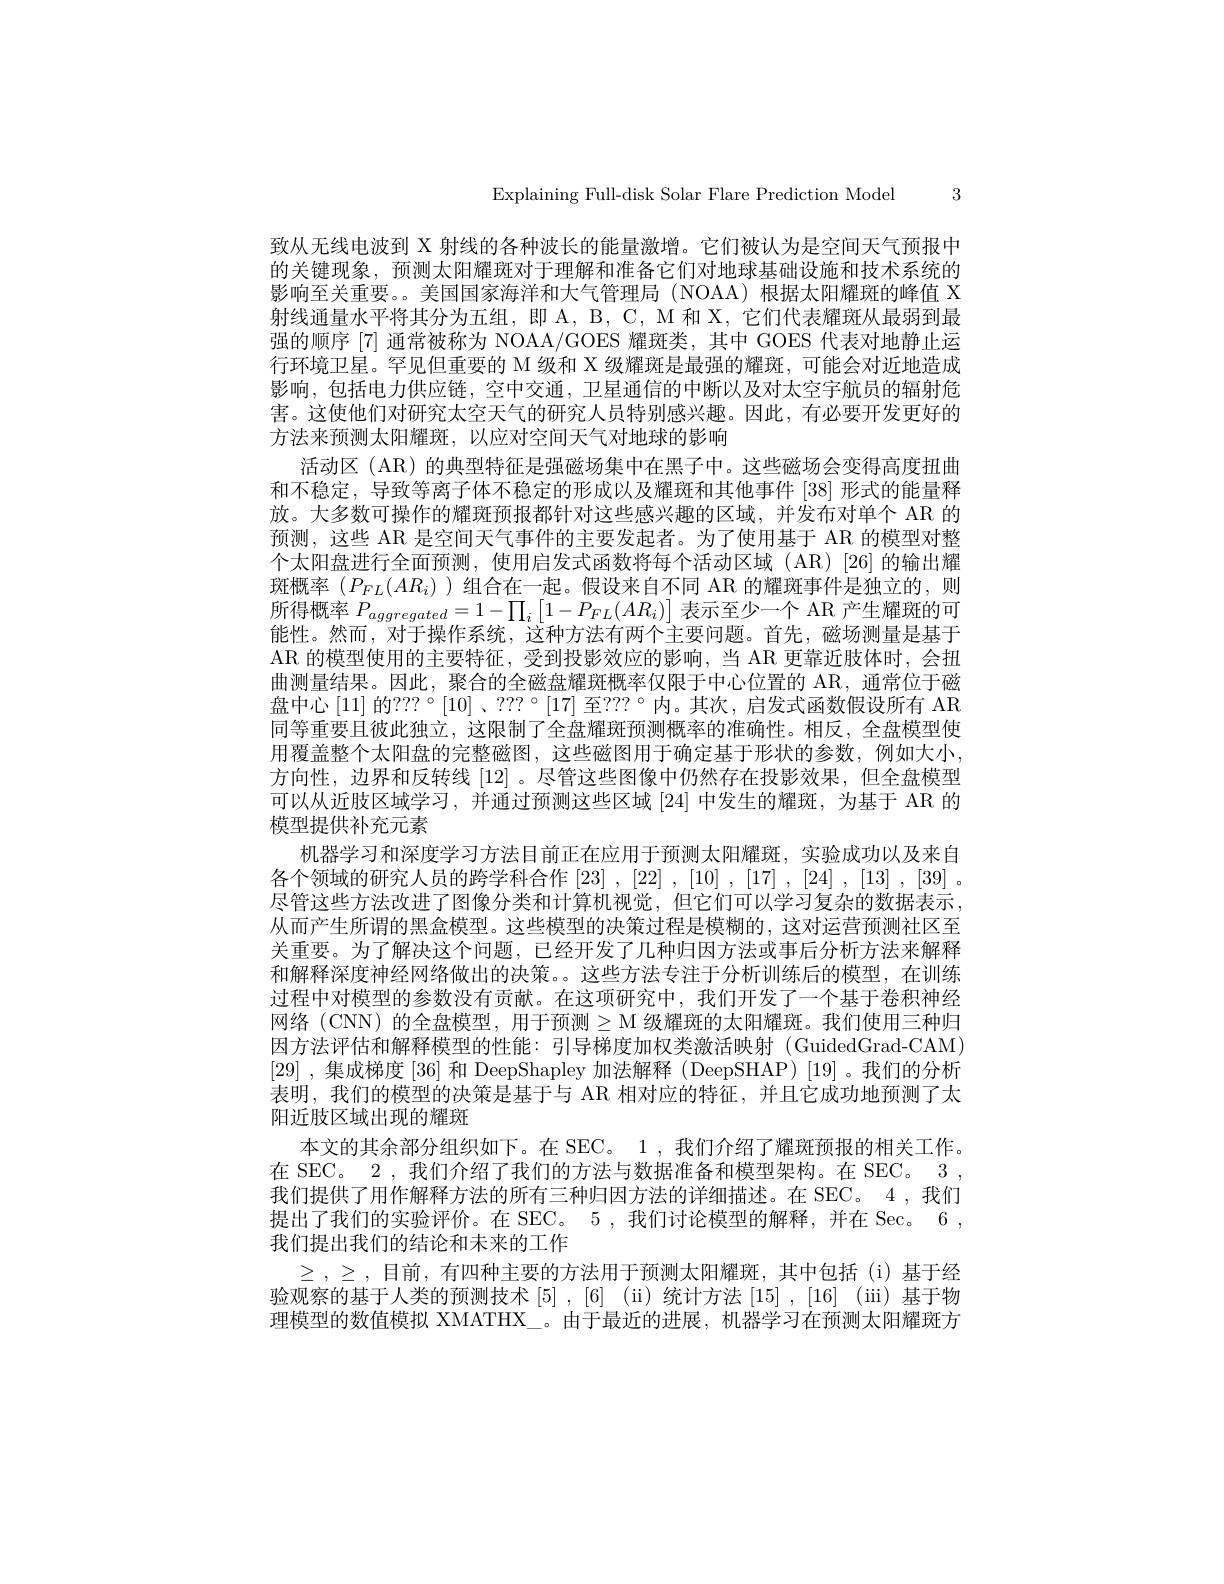
Explaining Full-disk Solar Flare Prediction Model 3

致从无线电波到 X 射线的各种波长的能量激增。它们被认为是空间天气预报中的关键现象，预测太阳耀斑对于理解和准备它们对地球基础设施和技术系统的影响至关重要。美国国家海洋和大气管理局 (NOAA)根据太阳耀斑的峰值 X 射线通量水平将其分为五组，即 A, B, C, M 和 X, 它们代表耀斑从最弱到最强的顺序[7] 通常被称为 NOAA/GOES 耀斑类，其中 GOES 代表对地静止运行环境卫星。罕见但重要的 M 级和 X 级耀斑是最强的耀斑，可能会对近地造成影响，包括电力供应链，空中交通，卫星通信的中断以及对太空宇航员的辐射危害。这使他们对研究太空天气的研究人员特别感兴趣。因此，有必要开发更好的方法来预测太阳耀斑，以应对空间天气对地球的影响
活动区 (AR) 的典型特征是强磁场集中在黑子中。这些磁场会变得高度扭曲和不稳定，导致等离子体不稳定的形成以及耀斑和其他事件 [38] 形式的能量释放。大多数可操作的耀斑预报都针对这些感兴趣的区域，并发布对单个 AR 的预测，这些 AR 是空间天气事件的主要发起者。为了使用基于 AR 的模型对整个太阳盘进行全面预测，使用启发式函数将每个活动区域(AR)[26]的输出耀斑概率$(P_{FL}(AR_i)$ )组合在一起。假设来自不同 AR 的耀斑事件是独立的，则所得概率$P_{aggregated}=1-\prod_i\left[1-P_{FL}(AR_i)\right]$表示至少一个 AR 产生耀斑的可能性。然而，对于操作系统，这种方法有两个主要问题。首先，磁场测量是基于AR 的模型使用的主要特征，受到投影效应的影响，当 AR 更靠近肢体时，会扭曲测量结果。因此，聚合的全磁盘耀斑概率仅限于中心位置的 AR, 通常位于磁盘中心[11]的？??°[10]、???°[17]至？??°内。其次，启发式函数假设所有 AR 同等重要且彼此独立，这限制了全盘耀斑预测概率的准确性。相反，全盘模型使用覆盖整个太阳盘的完整磁图，这些磁图用于确定基于形状的参数，例如大小方向性，边界和反转线 [12] 。尽管这些图像中仍然存在投影效果，但全盘模型可以从近肢区域学习，并通过预测这些区域[24]中发生的耀斑，为基于 AR 的模型提供补充元素
机器学习和深度学习方法目前正在应用于预测太阳耀斑，实验成功以及来自各个领域的研究人员的跨学科合作[23] , [22] , [10] , [17] , [24] , [13] , [39] . 尽管这些方法改进了图像分类和计算机视觉，但它们可以学习复杂的数据表示， 从而产生所谓的黑盒模型。这些模型的决策过程是模糊的，这对运营预测社区至关重要。为了解决这个问题，已经开发了儿种归因方法或事后分析万法采解释和解释深度神经网络做出的决策。。这些方法专注于分析训练后的模型，在训练过程中对模型的参数没有贡献。在这项研究中，我们开发了一个基于卷积神经网络 (CNN) 的全盘模型，用于预测$\geq$M 级耀斑的太阳耀斑。我们使用三种归因方法评估和解释模型的性能：引导梯度加权类激活映射(GuidedGrad-CAM) [29] ,集成梯度[36]和 DeepShapley 加法解释 (DeepSHAP)[19]。我们的分析表明，我们的模型的决策是基于与 AR 相对应的特征，并且它成功地预测了太阳近肢区域出现的耀斑
本文的其余部分组织如下。在 SEC。1 , 我们介绍了耀斑预报的相关工作。在 SEC。2 , 我们介绍了我们的方法与数据准备和模型架构。在 SEC。3 , 我们提供了用作解释方法的所有三种归因方法的详细描述。在 SEC。4 ,我们提出了我们的实验评价。在 SEC。5 , 我们讨论模型的解释，并在 Sec。6 , 我们提出我们的结论和未来的工作
$\geq,\geq$,目前，有四种主要的方法用于预测太阳耀斑，其中包括(i)基于经验观察的基于人类的预测技术[5],[6](ii)统计方法[15],[16](iii)基于物理模型的数值模拟 XMATHX\_。由于最近的进展，机器学习在预测太阳耀斑方